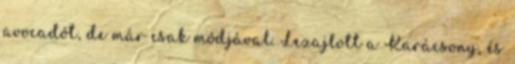
avocadót, de már csak módjával. Lezajlott a Karácsony, és